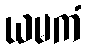
ယမကံ